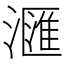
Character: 𣿬